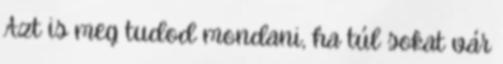
Azt is meg tudod mondani, ha túl sokat vár